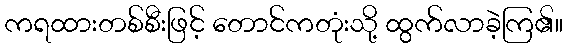
ကရထားတစ်စီးဖြင့် တောင်ကတုံးသို့ ထွက်လာခဲ့ကြ၏။